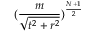
( \frac { m } { \sqrt { t ^ { 2 } + r ^ { 2 } } } ) ^ { \frac { N + 1 } { 2 } }